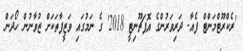
'ރެކްރޫޓްމަންޓް ފެއާ- ދަރިވަރުންގެ އޮޕަޗޫނިޓީ 2018' ގެ ނަމުގައި ވަޒީފާތަކަށް ޒުވާނުން ހޯދަން